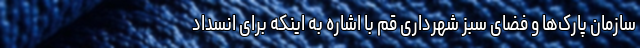
سازمان پارک‌ها و فضای سبز شهرداری قم با اشاره به اینکه برای انسداد